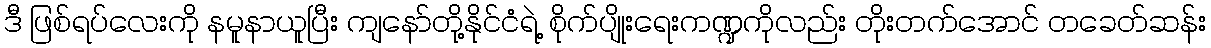
ဒီ ဖြစ်ရပ်လေးကို နမူနာယူပြီး ကျနော်တို့နိုင်ငံရဲ့ စိုက်ပျိုးရေးကဏ္ဍကိုလည်း တိုးတက်အောင် တခေတ်ဆန်း